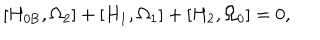
\left[ H _ { 0 \mathrm { B } } , \Omega _ { 2 } \right] + \left[ H _ { 1 } , \Omega _ { 1 } \right] + \left[ H _ { 2 } , \Omega _ { 0 } \right] = 0 ,